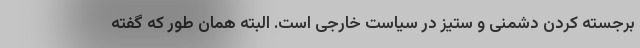
برجسته کردن دشمنی و ستیز در سیاست خارجی است. البته همان طور که گفته